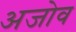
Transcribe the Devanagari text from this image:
अजोव